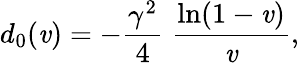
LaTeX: d_{0}(\mathit{v})=-{\frac{{\gamma^{2}}}{{4}}}\; {\frac{{\ln(1-\mathit{v})}}{{\mathit{v}}}},